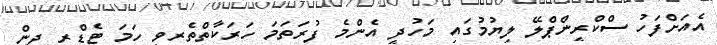
އެއަށްފަހު ސްކްރީންޕްލޭ ލިޔުމުގައި މަހުދީ އެންމެ ފުރަތަމަ ހަރަކާތްތެރިވީ ހަމަ ޓެޑްރީ ދިން